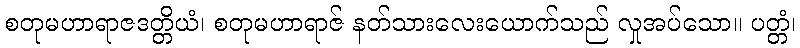
စတုမဟာရာဇဒတ္တိယံ၊ စတုမဟာရာဇ် နတ်သားလေးယောက်သည် လှုအပ်သော။ ပတ္တံ၊